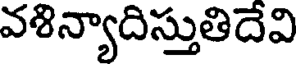
వశిన్యాదిస్తుతిదేవి